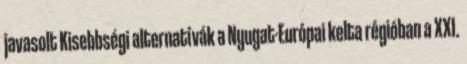
javasolt Kisebbségi alternatívák a Nyugat-Európai kelta régióban a XXI.